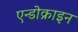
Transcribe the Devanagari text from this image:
एन्डोक्राइन